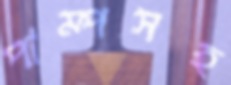
পাম্পসহ